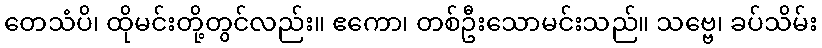
တေသံပိ၊ ထိုမင်းတို့တွင်လည်း။ ဧကော၊ တစ်ဦးသောမင်းသည်။ သဗ္ဗေ၊ ခပ်သိမ်း